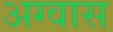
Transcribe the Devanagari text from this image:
अग्वास